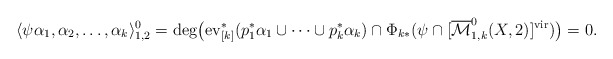
\begin{align*}\langle \psi \alpha_1,\alpha_2,\dots,\alpha_k\rangle_{1,2}^0=\mathrm{deg}\big(\mathrm{ev}_{[k]}^*(p_1^*\alpha_1\cup\cdots\cup p_k^* \alpha_k)\cap \Phi_{k*}(\psi\cap [\overline{\mathcal{M}}^0_{1,k}(X,2)]^{\mathrm{vir}})\big)=0.\end{align*}